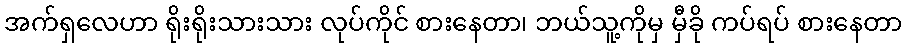
အက်ရှလေဟာ ရိုးရိုးသားသား လုပ်ကိုင် စားနေတာ၊ ဘယ်သူ့ကိုမှ မှီခို ကပ်ရပ် စားနေတာ